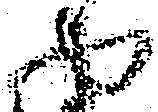
や